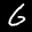
Label: 6